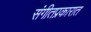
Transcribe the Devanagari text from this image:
संगीतप्रकारात